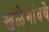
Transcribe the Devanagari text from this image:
खळेगांवचे